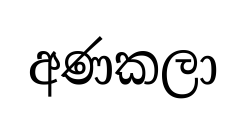
අණකලා